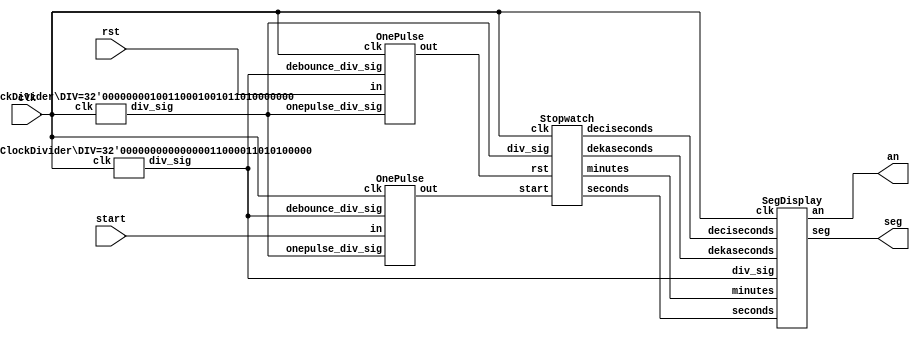
`timescale 1ns/1ps

module Stopwatch_fpga (seg, an, start, clk, rst);

input clk;
input rst;
input start;
output [8-1:0] seg; // [7]: dp, [6:0]: cg~ca
output [4-1:0] an;

wire decisecond_div_sig;  // 0.1 sec clk (based on original clk is 100M hz)
wire display_div_sig;
wire onepulse_rst;
wire onepulse_start;
wire [4-1:0] minutes;
wire [4-1:0] dekaseconds; // 10 sec
wire [4-1:0] seconds;
wire [4-1:0] deciseconds; // 0.1 sec


ClockDivider #(.DIV(32'd10_000_000)) decisecond_clk_divider (
  .div_sig(decisecond_div_sig),
  .clk(clk)
);

ClockDivider #(.DIV(32'd100_000)) display_clk_divider (
  .div_sig(display_div_sig),
  .clk(clk)
);

OnePulse rst_onepulse (
  .out(onepulse_rst),
  .in(rst),
  .onepulse_div_sig(decisecond_div_sig),
  .debounce_div_sig(display_div_sig),
  .clk(clk)
);

OnePulse start_onepulse (
  .out(onepulse_start),
  .in(start),
  .onepulse_div_sig(decisecond_div_sig),
  .debounce_div_sig(display_div_sig),
  .clk(clk)
);

Stopwatch stopwatch (
  .minutes(minutes),
  .dekaseconds(dekaseconds),
  .seconds(seconds),
  .deciseconds(deciseconds),
  .start(onepulse_start),
  .rst(onepulse_rst),
  .div_sig(decisecond_div_sig),
  .clk(clk)
);

SegDisplay seg_display (
  .seg(seg),
  .an(an),
  .minutes(minutes),
  .dekaseconds(dekaseconds),
  .seconds(seconds),
  .deciseconds(deciseconds),
  .div_sig(display_div_sig),
  .clk(clk)
);

endmodule


module Stopwatch (minutes, dekaseconds, seconds, deciseconds, start, rst, div_sig, clk);

parameter RESET = 2'b00;
parameter WAIT = 2'b01;
parameter COUNT = 2'b10;

input clk;
input div_sig;
input rst;
input start;
output reg [4-1:0] minutes;
output reg [4-1:0] dekaseconds;
output reg [4-1:0] seconds;
output reg [4-1:0] deciseconds;

reg [2-1:0] state;
reg [2-1:0] next_state;

reg [4-1:0] next_minutes;
reg [4-1:0] next_dekaseconds;
reg [4-1:0] next_seconds;
reg [4-1:0] next_deciseconds;

wire is_minutes_carry;
wire is_dekaseconds_carry;
wire is_seconds_carry;
wire is_deciseconds_carry;


assign is_deciseconds_carry = (deciseconds == 4'd9);
assign is_seconds_carry = ((seconds == 4'd9) && is_deciseconds_carry);
assign is_dekaseconds_carry = ((dekaseconds == 4'd5) && is_seconds_carry  && is_deciseconds_carry);
assign is_minutes_carry = ((minutes == 4'd9) && is_dekaseconds_carry && is_seconds_carry && is_deciseconds_carry);

// SC: state transition & update timer
always @(posedge clk) begin
  if (div_sig == 1'b1) begin
    if (rst == 1'b1) begin
      state <= RESET;
      minutes <= 4'b0;
      dekaseconds <= 4'b0;
      seconds <= 4'b0;
      deciseconds <= 4'b0;
    end
    else begin
      state <= next_state;
      minutes <= next_minutes;
      dekaseconds <= next_dekaseconds;
      seconds <= next_seconds;
      deciseconds <= next_deciseconds;
    end
  end
  else begin
      state <= state;
      minutes <= minutes;
      dekaseconds <= dekaseconds;
      seconds <= seconds;
      deciseconds <= deciseconds;
  end
end

// CC: next state
always @(*) begin
  case (state)
    RESET: begin
      if (start == 1'b1)
        next_state = COUNT;
      else
        next_state = RESET;
    end
    WAIT: begin
      if (start == 1'b1)
        next_state = COUNT;
      else
        next_state = WAIT;
    end
    COUNT: begin
      if (start == 1'b1)
        next_state = WAIT;
      else begin
        if (is_minutes_carry == 1'b1)
          next_state = WAIT;
        else
          next_state = COUNT;
      end
    end
    default:
      next_state = RESET;
  endcase
end

// CC: next minutes, dekaseconds, seconds, deciseconds
always @(*) begin
  case (next_state)
    RESET: begin
      next_minutes = 4'b0;
      next_dekaseconds = 4'b0;
      next_seconds = 4'b0;
      next_deciseconds = 4'b0;
    end
    WAIT: begin
      if (is_minutes_carry == 1'b1) begin
        next_minutes = 4'b0;
        next_dekaseconds = 4'b0;
        next_seconds = 4'b0;
        next_deciseconds = 4'b0;
      end
      else begin
        next_minutes = minutes;
        next_dekaseconds = dekaseconds;
        next_seconds = seconds;
        next_deciseconds = deciseconds;
      end
    end
    COUNT: begin
      // next deciseconds
      if (is_deciseconds_carry == 1'b1)
        next_deciseconds =  4'b0;
      else
        next_deciseconds = deciseconds + 4'b1;

      // next seconds
      if (is_deciseconds_carry == 1'b1) begin
        if (is_seconds_carry == 1'b1)
          next_seconds =  4'b0;
        else
          next_seconds =  seconds + 4'b1;
      end
      else
          next_seconds =  seconds;

      // next dekaseconds
      if (is_seconds_carry == 1'b1) begin
        if (is_dekaseconds_carry == 1'b1)
          next_dekaseconds =  4'b0;
        else
          next_dekaseconds =  dekaseconds + 4'b1;
      end
      else
          next_dekaseconds =  dekaseconds;

      // next minutes
      if (is_dekaseconds_carry == 1'b1) begin
        if (is_minutes_carry == 1'b1)
          next_minutes = 4'b0;
        else
          next_minutes = minutes + 4'b1;
      end
      else
        next_minutes = minutes;
    end
    default: begin
      next_minutes = 4'b0;
      next_dekaseconds = 4'b0;
      next_seconds = 4'b0;
      next_deciseconds = 4'b0;
    end
  endcase
end

endmodule


module SegDisplay (seg, an, minutes, dekaseconds, seconds, deciseconds, div_sig, clk);

input clk;
input div_sig;
input [4-1:0] minutes;
input [4-1:0] dekaseconds;
input [4-1:0] seconds;
input [4-1:0] deciseconds;
output [8-1:0] seg;   // [7]: dp, [6:0]: cg~ca
output [4-1:0] an;

reg [2-1:0] an_idx;
reg [4-1:0] num;

// SC: an counter
always @(posedge clk) begin
  if (div_sig == 1'b1)
    an_idx <= an_idx + 2'b1;
  else
    an_idx <= an_idx;
end

// CC: an display
assign an[3] = (an_idx == 2'd3) ? 1'b0 : 1'b1;
assign an[2] = (an_idx == 2'd2) ? 1'b0 : 1'b1;
assign an[1] = (an_idx == 2'd1) ? 1'b0 : 1'b1;
assign an[0] = (an_idx == 2'd0) ? 1'b0 : 1'b1;

// CC: num selector
always @(*) begin
  case (an_idx)
    2'd3: num = minutes;
    2'd2: num = dekaseconds;
    2'd1: num = seconds;
    2'd0: num = deciseconds;
    default: num = 4'he;
  endcase
end

// dp
assign seg[7] = (an_idx == 2'd1) ? 1'b0 : 1'b1;

NumToSeg num_to_seg (
  .num(num),
  .seg(seg[6:0])
);

endmodule


module NumToSeg (num, seg);

input [4-1:0] num;
output reg [6:0] seg; // cg~ca

always @(*) begin
  case (num)
    4'd0: begin seg = 7'b1000000; end
    4'd1: begin seg = 7'b1111001; end
    4'd2: begin seg = 7'b0100100; end
    4'd3: begin seg = 7'b0110000; end
    4'd4: begin seg = 7'b0011001; end
    4'd5: begin seg = 7'b0010010; end
    4'd6: begin seg = 7'b0000010; end
    4'd7: begin seg = 7'b1111000; end
    4'd8: begin seg = 7'b0000000; end
    4'd9: begin seg = 7'b0010000; end
    4'ha: begin seg = 7'b0001000; end
    4'hb: begin seg = 7'b0000011; end
    4'hc: begin seg = 7'b1000110; end
    4'hd: begin seg = 7'b0100001; end
    4'he: begin seg = 7'b0000110; end
    4'hf: begin seg = 7'b0001110; end
    default: begin seg = 7'b1111111; end
  endcase
end

endmodule

/*
only use "posedge orig_clk", don't use 'posedge derived_clk'

ex.
  div_sig waveform:
  _|-|_________|-|_________|-|_________|-|____

  always @(posedge clk) begin
    if (div_sig == 1'b1)
      op...
    else
      op...
  end
*/
module ClockDivider (div_sig, clk);

parameter DIV = 32'd1_000_000;

input clk;
output div_sig;

reg [32-1:0] cnt;

always @(posedge clk) begin
  if (cnt >= DIV - 32'b1)
    cnt <= 32'b0;
  else
    cnt <= cnt + 32'b1;
end

assign div_sig = (cnt == DIV - 32'b1) ? 1'b1: 1'b0;

endmodule


module OnePulse (out, in, onepulse_div_sig, debounce_div_sig, clk);

input clk;
input onepulse_div_sig;
input debounce_div_sig;
input in;
output reg out;

wire debounced_in;
reg prev_in;

Debounce #(.SIZE(4)) debounce (
  .out(debounced_in),
  .in(in),
  .div_sig(debounce_div_sig),
  .clk(clk)
);

always @(posedge clk) begin
  if (onepulse_div_sig == 1'b1) begin
    out <= (debounced_in & (!prev_in));
    prev_in <= in;
  end
  else begin
    out <= out;
    prev_in <= prev_in;
  end
end

endmodule


module Debounce (out, in, div_sig, clk);

parameter SIZE = 4;

input clk;
input div_sig;
input in;
output out;

reg [SIZE-1:0] dff;

always @(posedge clk) begin
  if (div_sig == 1'b1) begin
    dff[SIZE-1:1] <= dff[SIZE-2:0];
    dff[0] <= in;
  end
  else begin
    dff[SIZE-1:0] <= dff[SIZE-1:0];
  end
end

// reduction AND
assign out = &dff;

endmodule